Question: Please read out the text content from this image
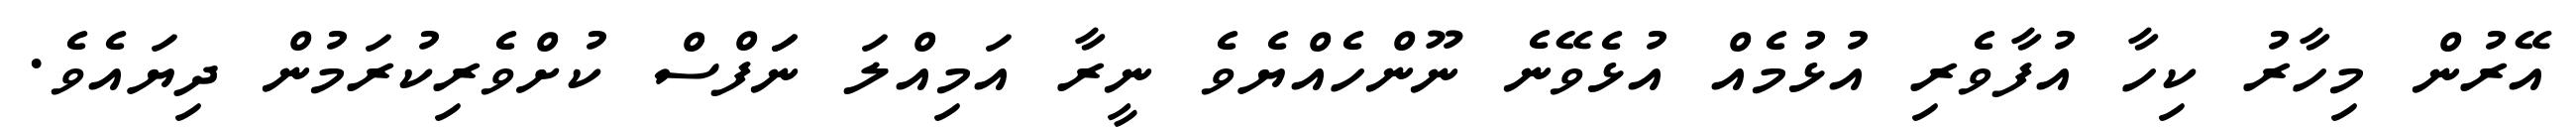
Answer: އޭރުން މިހާރު ކިހާ އުފާވެރި އުޅުމެއް އުޅެވޭނެ ނޫންހެއްޔެވެ ނީރާ އަމިއްލަ ނަަފްސް ކުށްވެރިކުރަމުން ދިޔައެވެ.